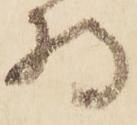
持